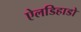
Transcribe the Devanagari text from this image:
ऐलडिहाडो